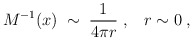
\begin{align*}M^{-1}(x) \;\sim \; \frac{1}{4\pi r} \;,\;\;\; r \sim 0\;,\end{align*}